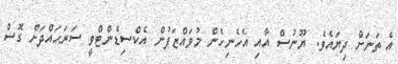
އެ ތަނަށް ދިޔައެވެ. ޔޫނުސް އާއި އެހެނިހެން މުވައްޒަފުން އެކްސިޑެންޓްވީ ސަރަޙައްދަށް ގޮސް